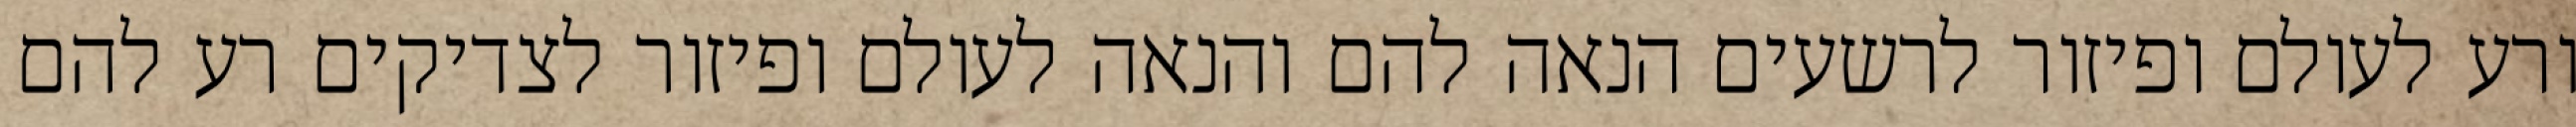
ורע לעולם ופיזור לרשעים הנאה להם והנאה לעולם ופיזור לצדיקים רע להם